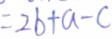
= 2 b + a - c